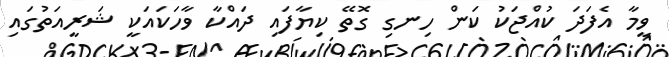
ވީމާ އެފަދަ ކުއްޖަކު ކަން ހިނގި ގޮތޭ ކިޔާފައި ދައްކާ ވާހަކައަކީ ޝަރީއަތުގައި